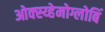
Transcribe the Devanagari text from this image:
ओक्स्य्हेमोग्लोबिं